Vaccination in Bombay 1863-1868 - 1863-1868
Year: 1863
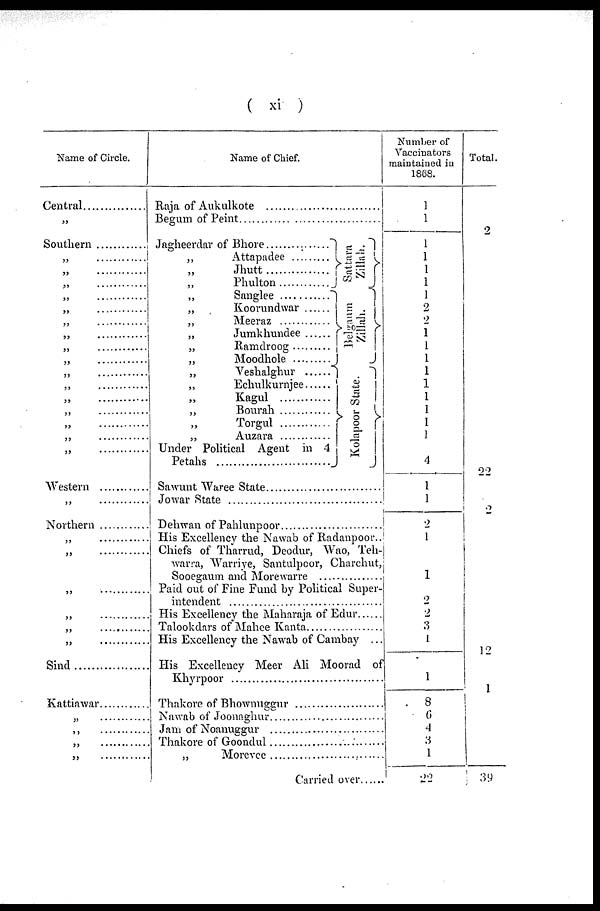
( xi )
Name of Circle.
Central
„
Southern
„ ..............
„ ..............
„ ..............
„ ..............
„ ..............
„ ..............
„ ..............
„ ..............
„ ..............
„ ..............
„ ..............
„ ..............
„ ..............
„ ..............
„ ..............
„ ..............
Western ............
„ ..............
Northern
„ ..............
„ ..............
„ ..............
„ ..............
„ ..............
„ ..............
Sind
Kattiawar ...............
„ ..............
„ ..............
„ ..............
„ ..............
Name of Chief.
Raja of Aukulkote ........................................
Begum of Peint ...........................................
Jagheerdar of
Bhore..............
„
Attapadee
„ Jhutt .................
„ Phulton ..............
„ Sanglee ..............
„
Koorundwar
„
Meeraz
„ Jumkhundee ..............
„ Ramdroog .............
„ Moodhole .........
„ Veshalghur ..............
„ Echulkurnjee ........
„ Kagul
„
Bourah
„ Torgul
„
Auzara
Under Political Agent in 4
Petahs
Sattara
Zillah.
Belgaum
Zillah.
Kol apoor State.
Sawunt Waree State .................................
Jowar State ...................................
Dehwan of Pahlunpoor ................................
His Excellency the Nawab of Radanpoor..
Chiefs of Tharrud, Deodur, Wao, Teh-
warra, Warriye, Santulpoor, Charchut,
Sooegaum and Morewarre ..................
Paid out of Fine Fund by Political Super-
intendent .................................
His Excellency the Maharaja of Edur .......
Talookdars of Mahee Kanta ....................
His Excellency the Nawab of Cambay ...
His Excellency Meer Ali Moorad of
Khyrpoor ................................
Thakore of Bhownuggur .......................
Nawab of Joonaghur .......................
Jam of Noanuggur ...........................
Thakore of Goondul ....................
„ Morevee .......................
Carried over.....
Number of
Vaccinators
maintained in
1868.
1
1
1
1
1
1
1
2
2
1
1
1
1
1
1
1
1
1
4
1
1
2
1
1
2
2
3
1
1
8
6
4
3
1
22
Total.
2
22
2
12
1
39